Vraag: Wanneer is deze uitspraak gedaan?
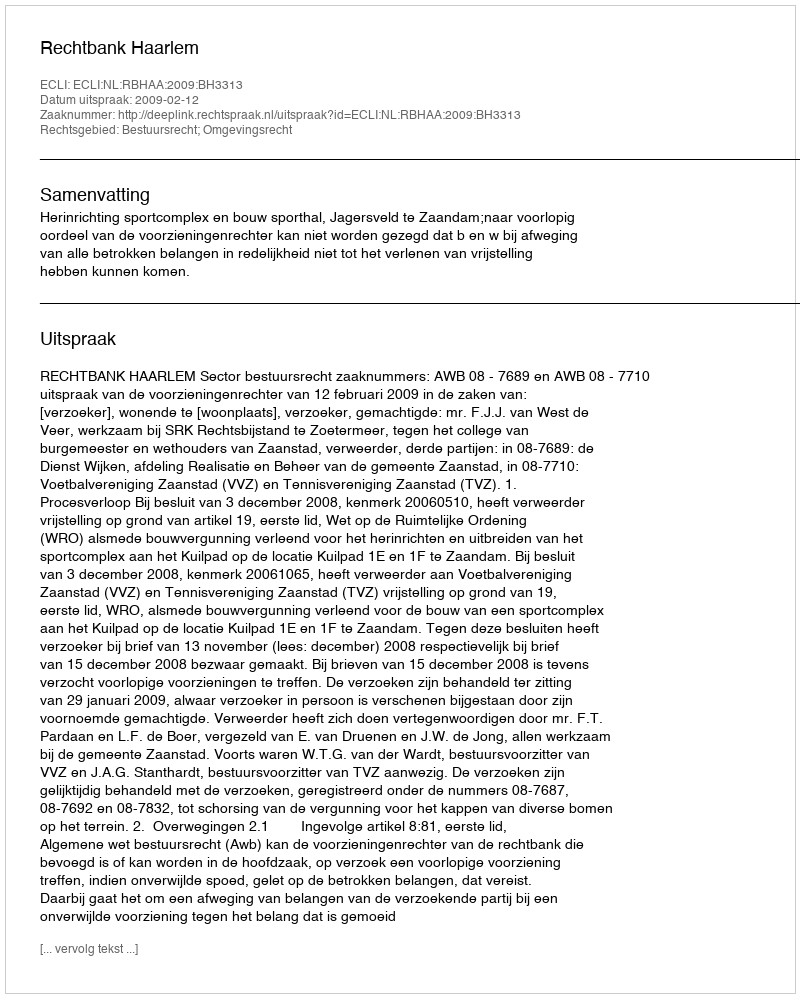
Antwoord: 2009-02-12